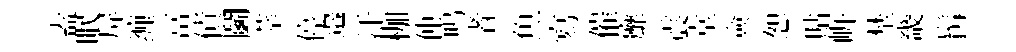
盍眠屏缠冨債鬬莘停邉汗枷仲鸣者魚寫催靡震堂僉恕貼㟁埜畿髯